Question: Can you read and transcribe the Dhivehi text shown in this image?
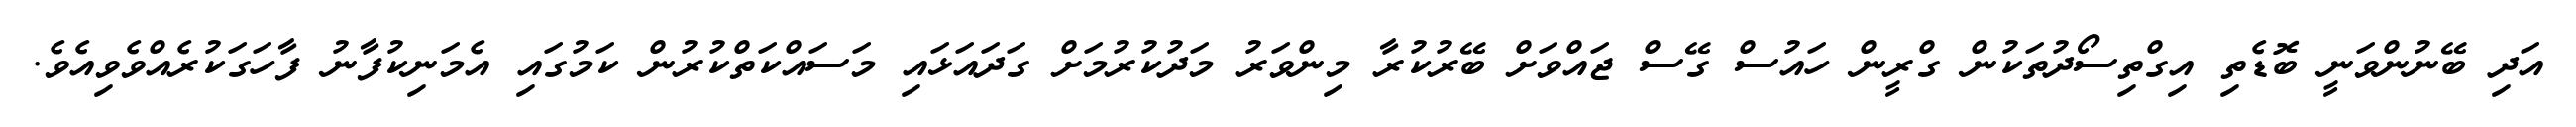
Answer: އަދި ބޭނުންވަނީ ބޮޑެތި އިގްތިސޯދުތަކުން ގްރީން ހައުސް ގޭސް ޖައްވަށް ބޭރުކުރާ މިންވަރު މަދުކުރުމަށް ގަދައަޅައި މަސައްކަތްކުރުން ކަމުގައި އެމަނިކުފާނު ފާހަގަކުރެއްވެވިއެވެ.